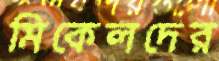
মিকেলদের